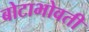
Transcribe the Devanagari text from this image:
बोटाभोवती